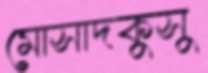
মোসাদকুসু